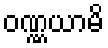
ဝဏ္ဏယာမိ